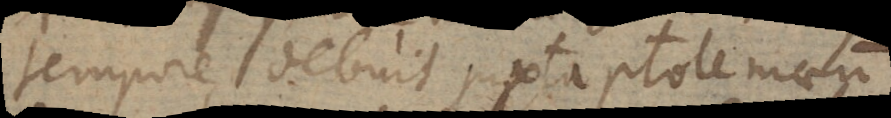
tempore debuit juxta Ptolemaeum